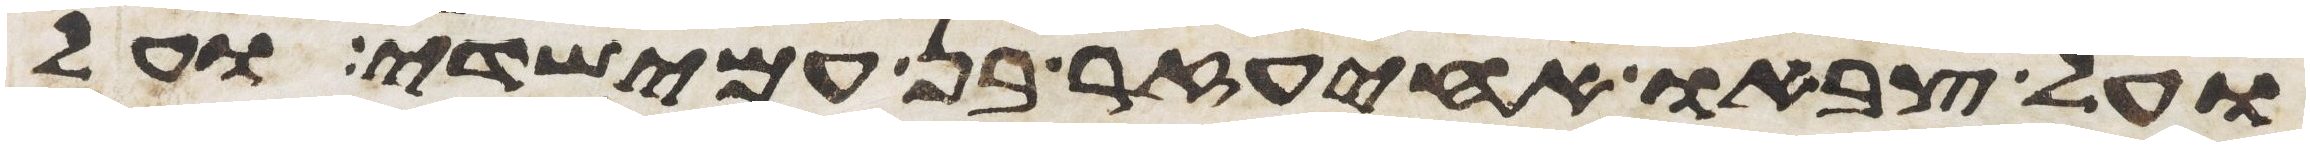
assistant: ועל צבאו אחיעזר בן עמישדי ועל